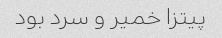
پیتزا خمیر و سرد بود